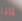
لماذا